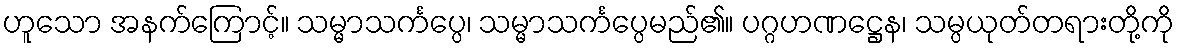
ဟူသော အနက်ကြောင့်။ သမ္မာသင်္ကပ္ပေ၊ သမ္မာသင်္ကပ္ပေမည်၏။ ပဂ္ဂဟဏဋ္ဌေန၊ သမ္ပယုတ်တရားတို့ကို